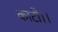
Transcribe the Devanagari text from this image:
काटी।।